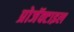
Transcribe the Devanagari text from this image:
प्रोजॅक्टाइल